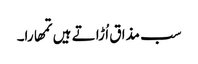
سب مذا ق اُ ڑا تے ہیں تمھارا۔